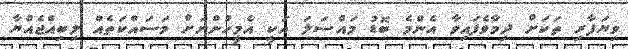
ވިޔަފާރި ތަކަށް ދިމާވެފައިވާ އެންމެ ބޮޑު މައްސަލަ އަކީ އެމީހުންނަށް މަސަައްކަތެއް ލިބިއްޖެއްޔާ